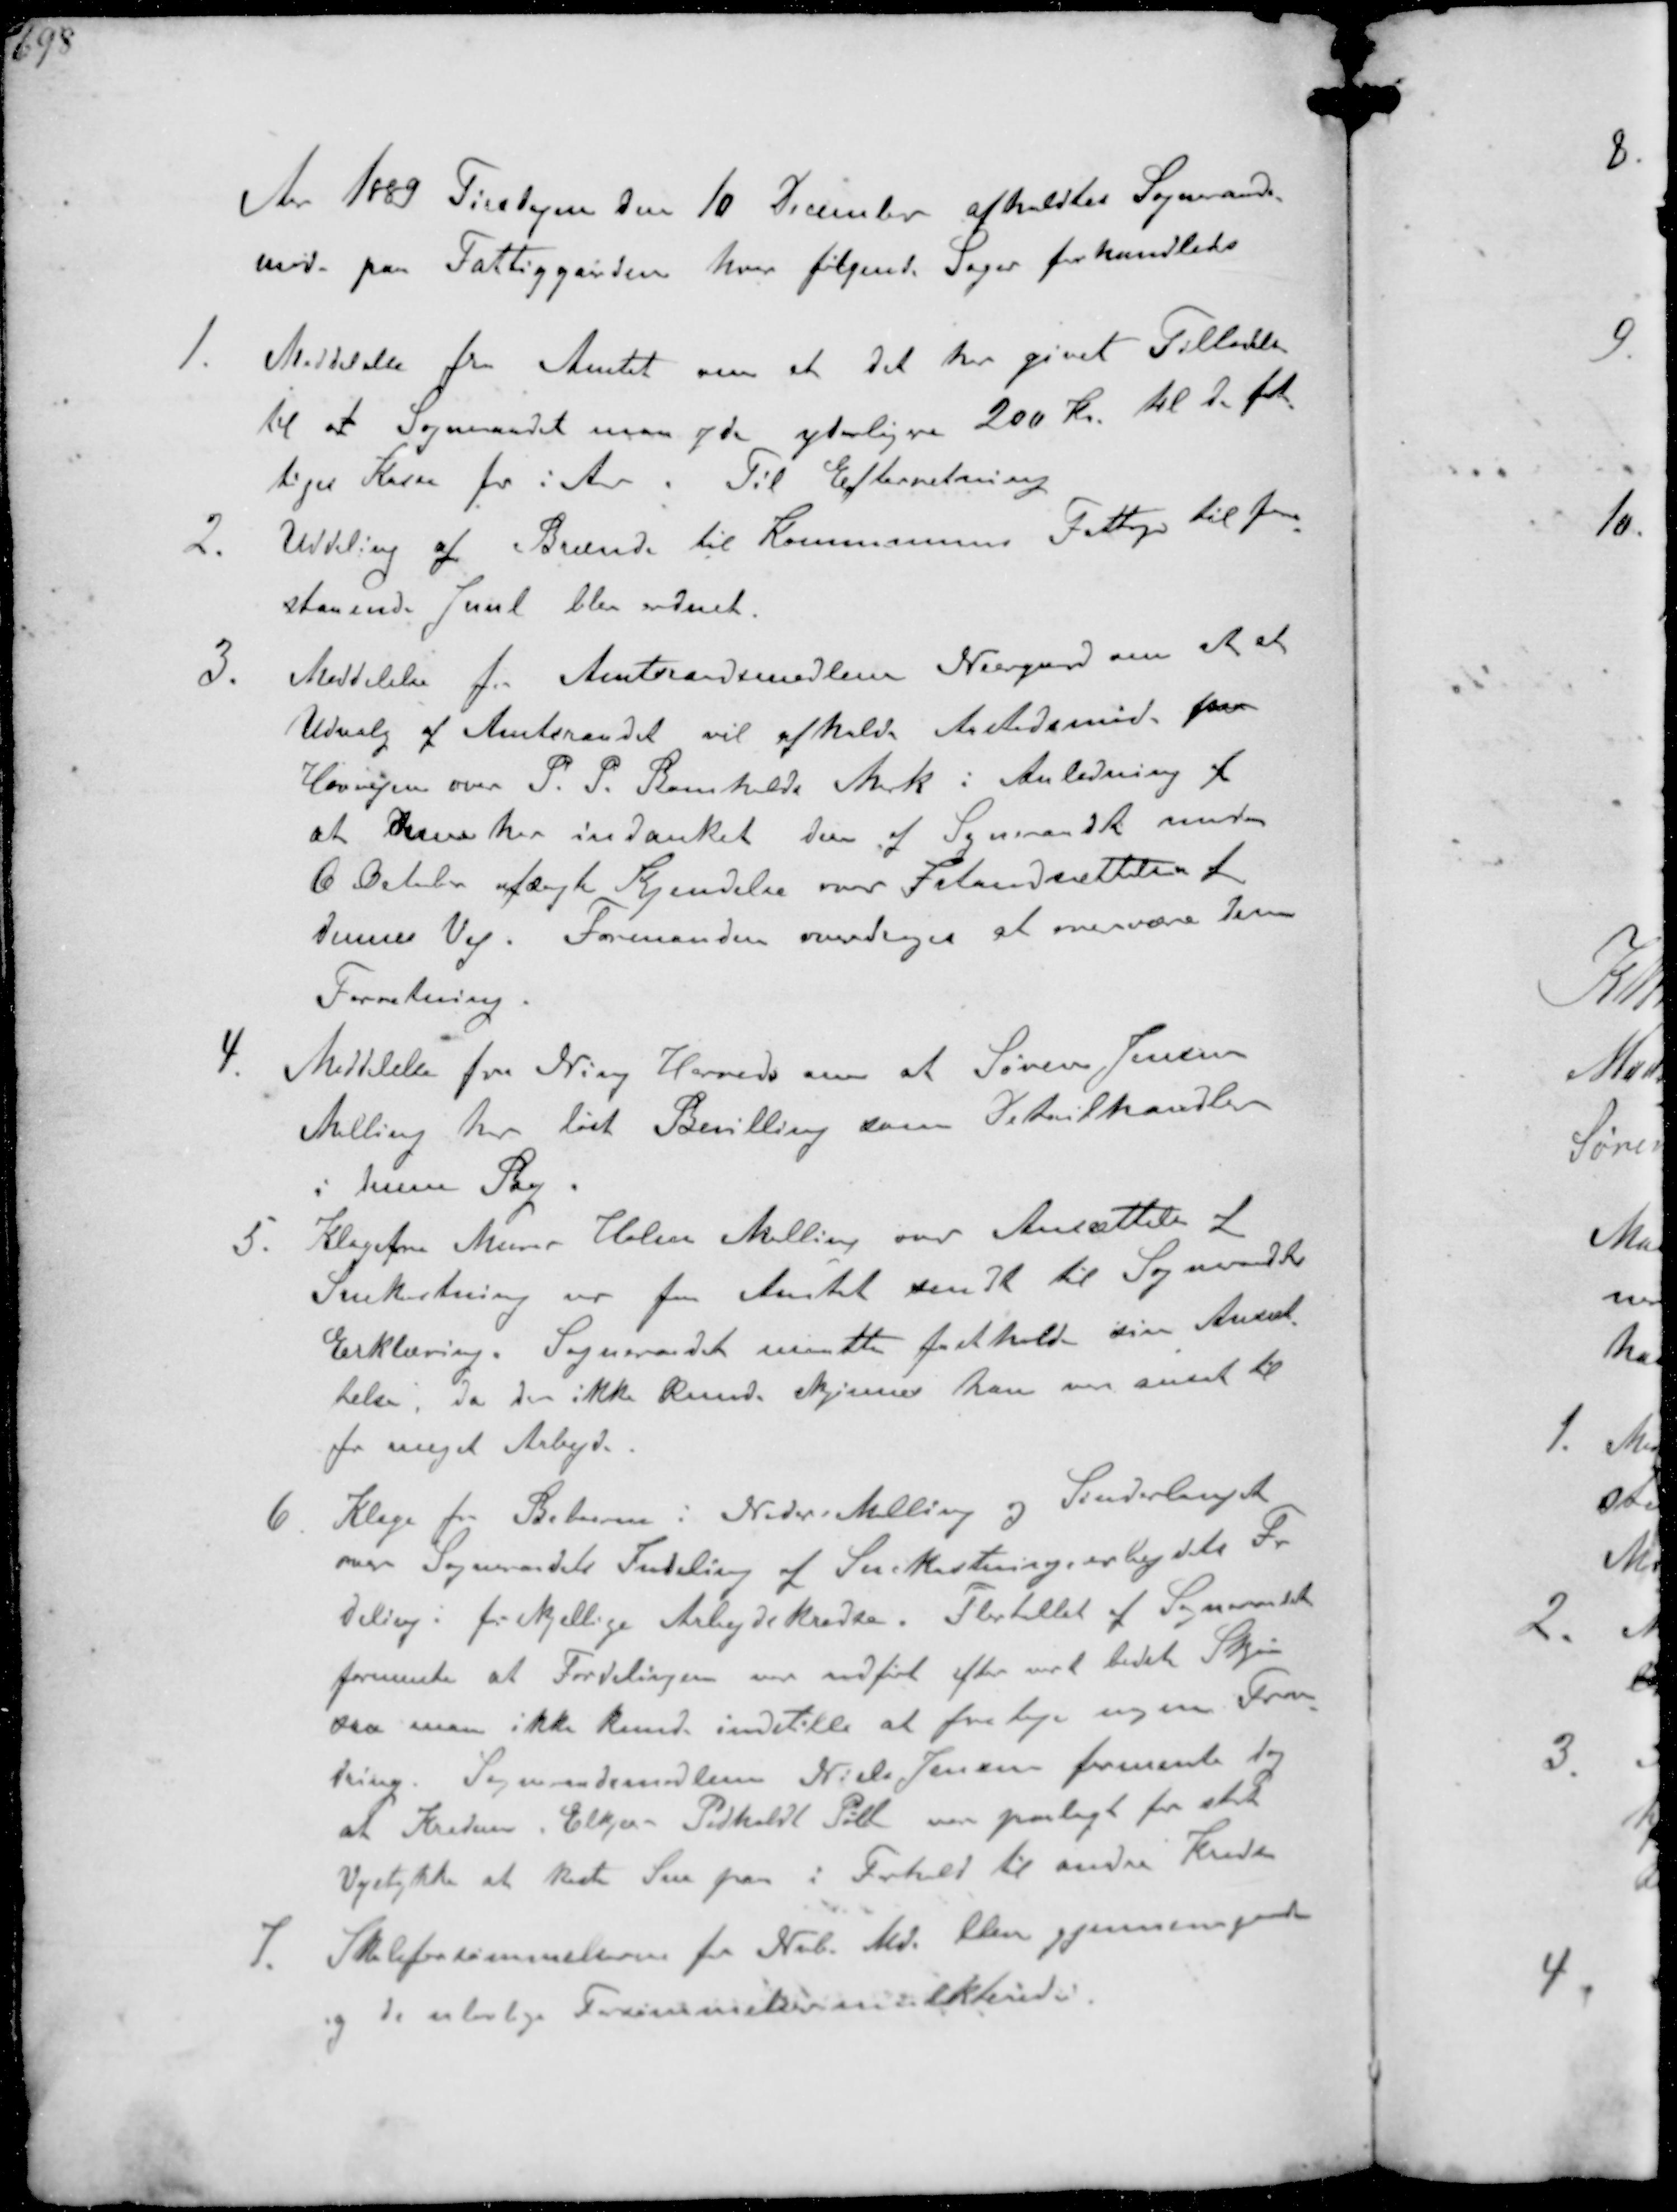
Transskription:
Aar 1889 Tirsdagen den 10 December afholdtes Sogneraads-
møde paa Fattiggaarden hvor følgende Sager forhandledes
1. Meddelelse fra Amtet om at det har givet Tilladelse
til at Sogneraadet maa yde yderligere 200 kr. til de fat-
tiges Kasse for i Aar. Til Efterretning
2. Uddeling af Brænde til Kommunens Fattige til fore-
staaende Juul blev ordnet
3. Meddelelse fra Amtsraadsmedlem Neergaard om at et
Udvalg af Amtsraadet vil afholde Aastedsmøde paa
Havvejen over P. P. Bomholds Mark i Anledning af
at denne har indanket den af Sogneraad under
6 October afsagte Kjendelse over Istandsættelse af
dennes Vej. Formanden overdroges at overvære denne
Forretning.
4. Meddelelse fra Ning Herred om at Søren Jensen
Malling har løst Bevilling som Detailhandler
i denne Sag
5. Klage fra Murer Holm Malling over Ansættelse af
Snekastning var fra Amtet sendt til Sogneraadets
Erklæring. Sogneraadet maatte fastholde sine Ansæt-
telse. da den ikke kunde skjønne han var ansat til
for meget Arbejde.
6. Klage fra Beboere i Neder Malling og Sønderlauget
over Sogneraadets Inddeling af Snekastningsarbejdets
deling i forskellige Arbejdskredse. Flertallet af Sogneraadet
formente at Fordelingen var indført efter ved bedste Skjøn
saa man ikke kunde indstille at foretage nogen Foran-
dring. Sogneraadsmedlem Niels Jensen formente dog
at Kredsen i Elkjær Pedholdt Pøel var paalagt for stort
Vejstykke at kaste Sne paa i Forhold til andre Kredse
7. Skoleforsømmelserne fra Nvb Md blev gjennemgaaede
og de ulovlige Forsømmelser mulkteredes